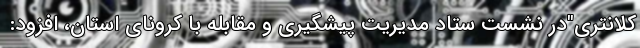
کلانتری"در نشست ستاد مدیریت پیشگیری و مقابله با کرونای استان، افزود: